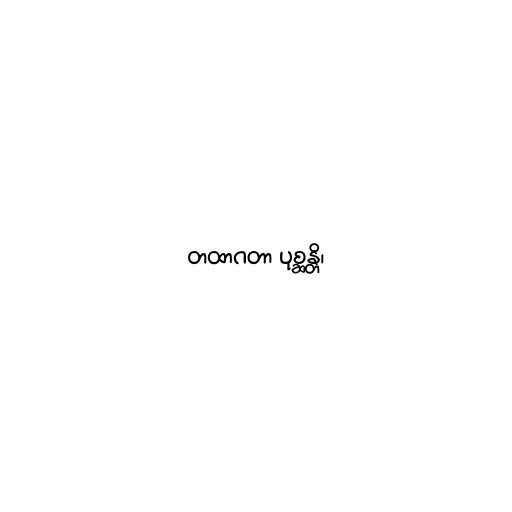
တထာဂတာ ပုစ္ဆန္တိ၊